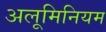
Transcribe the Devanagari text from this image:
अलूमिनियम